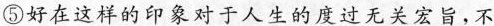
⑤好在这样的印象对于人生的度过无关宏旨，不